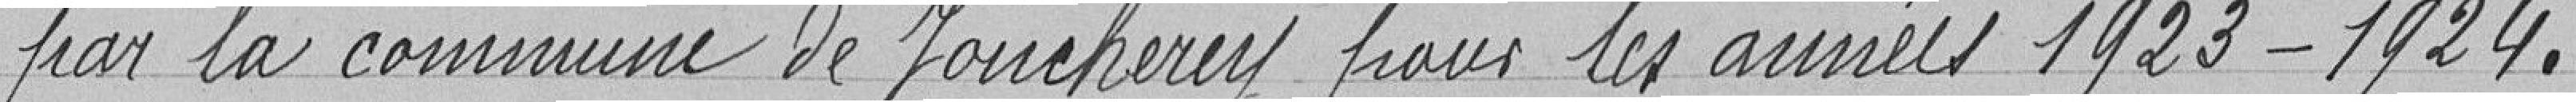
par la commune de Joncherey pour les années 1923-1924.